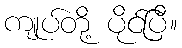
ကျုပ်တို့ ပိုင်ပြီ။